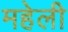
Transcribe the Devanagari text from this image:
महेली